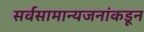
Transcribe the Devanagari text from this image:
सर्वसामान्यजनांकडून